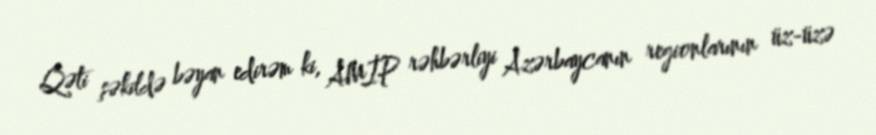
Qəti şəkildə bəyan edirəm ki, AMİP rəhbərliyi Azərbaycanın regionlarının üz-üzə